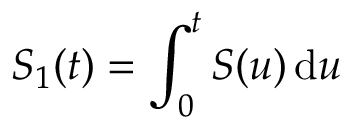
S _ { 1 } ( t ) = \int _ { 0 } ^ { t } S ( u ) \, \mathrm { d } u